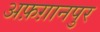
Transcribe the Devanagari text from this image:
अफ़ग़ानपुर